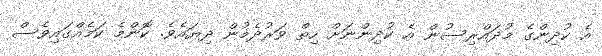
އެ ކުދިންގެ މުދައްރިސުން އެ ކުދިންނަށް ހިތް ވަރުދެމުން ދިޔައެވެ. ކޮންމެ ކަމެއްގައިވެސް